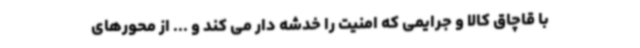
با قاچاق کالا و جرایمی که امنیت را خدشه دار می کند و ... از محورهای